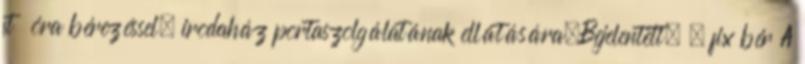
ft óra bérezéssel, irodaház portaszolgálatának ellátására.Bejelentett. . fix bér A